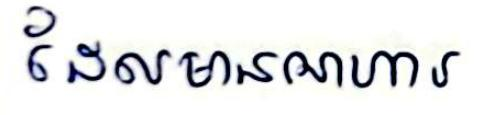
ដែលមានអាហារ